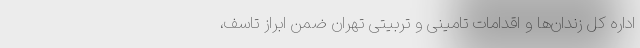
اداره کل زندان‌ها و اقدامات تامینی و تربیتی تهران ضمن ابراز تاسف،